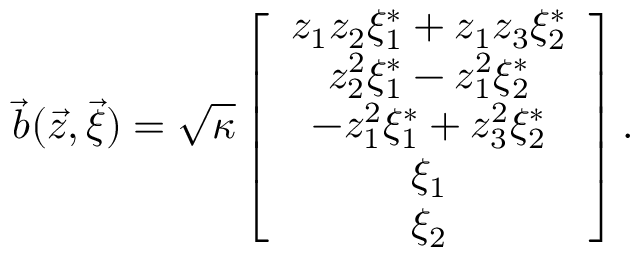
\vec { b } ( \vec { z } , \vec { \xi } ) = \sqrt { \kappa } \left[ \begin{array} { c } { z _ { 1 } z _ { 2 } \xi _ { 1 } ^ { * } + z _ { 1 } z _ { 3 } \xi _ { 2 } ^ { * } } \\ { z _ { 2 } ^ { 2 } \xi _ { 1 } ^ { * } - z _ { 1 } ^ { 2 } \xi _ { 2 } ^ { * } } \\ { - z _ { 1 } ^ { 2 } \xi _ { 1 } ^ { * } + z _ { 3 } ^ { 2 } \xi _ { 2 } ^ { * } } \\ { \xi _ { 1 } } \\ { \xi _ { 2 } } \end{array} \right] .